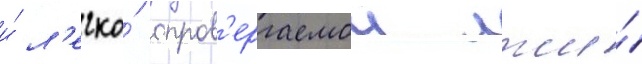
и́ л'егко́ опров'ергаемои лжи́